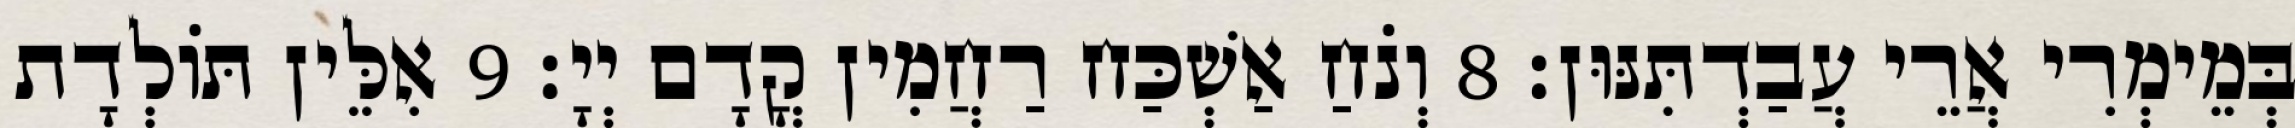
בְּמֵימְרִי אֲרֵי עֲבַדְתִּנּוּן׃ 8 וְנֹחַ אַשְׁכַּח רַחֲמִין קֳדָם יְיָ׃ 9 אִלֵּין תּוֹלְדָת